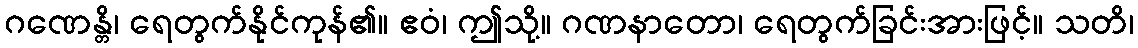
ဂဏေန္တိ၊ ရေတွက်နိုင်ကုန်၏။ ဧဝံ၊ ဤသို့။ ဂဏနာတော၊ ရေတွက်ခြင်းအားဖြင့်။ သတိ၊